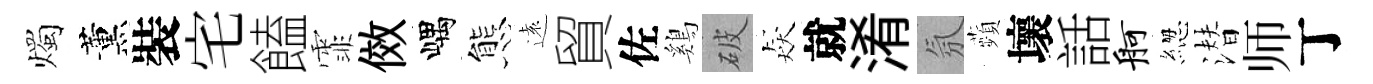
燭薰裝宅饁霏傚嵎態遠貿佐鷄破猋就淆氛蘋壞話舸緫潜师丁